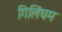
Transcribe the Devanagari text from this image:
गिलिंघम